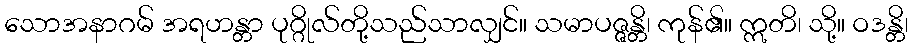
သောအနာဂမ် အရဟန္တာ ပုဂ္ဂိုလ်တို့သည်သာလျှင်။ သမာပဇ္ဇန္တိ၊ ကုန်၏။ ဣတိ၊ သို့။ ဝဒန္တိ၊